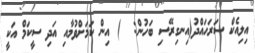
އިލިއެކް ސަރަހައްދު(އިނގިރޭސި ބަހުން:  ) އިން ކަމަށްވުމާއި އަދި ސީކަމް އަކީ